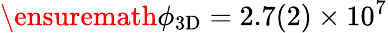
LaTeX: \ensuremath{\phi_{\mathrm{3D}}}=2.7(2)\times 10^{7}